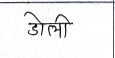
मजकूर: डोली